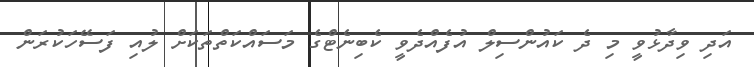
އަދި ވިދާޅުވީ މި ދެ ކައުންސިލް އުފެއްދެވީ ކެބިނެޓްގެ މަސައްކަތްތަކަށް ލުއި ފަސޭހަކުރަން